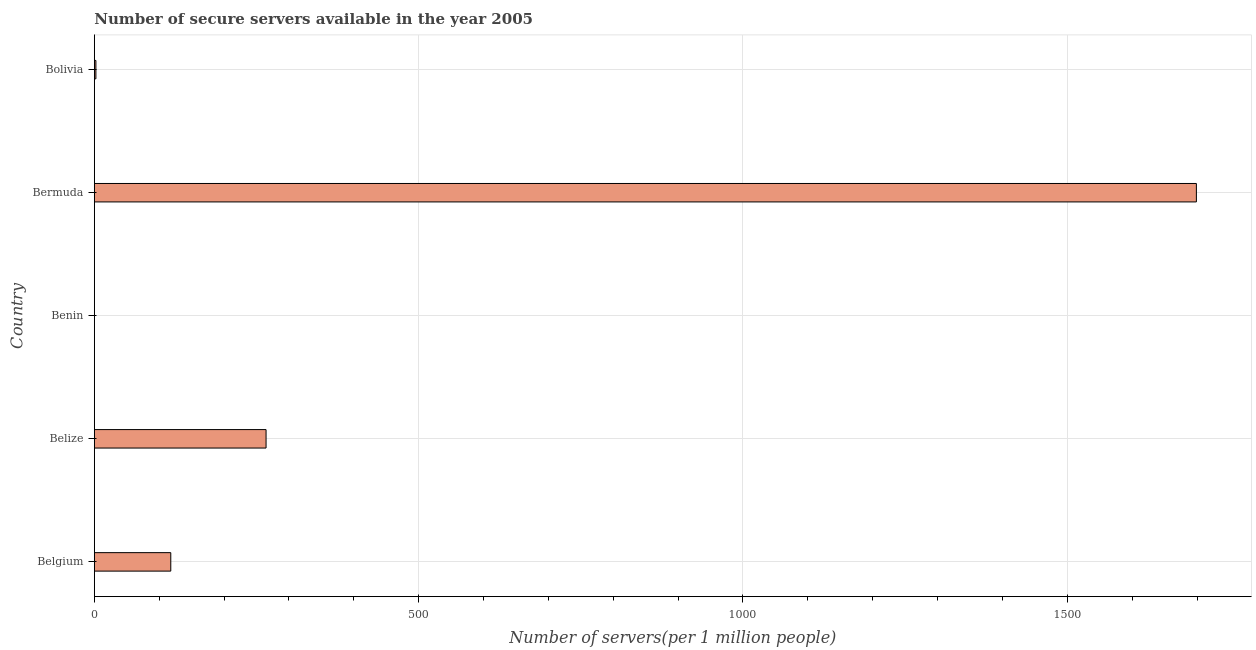
| Country | Secure Internet servers |
 | --- | --- |
 | Belgium | 118 |
 | Belize | 265 |
 | Benin | 0.122 |
 | Bermuda | 1.7e+03 |
 | Bolivia | 2.41 |